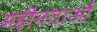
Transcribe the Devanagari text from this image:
महीनताओं